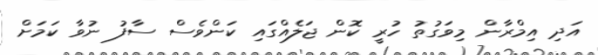
އަދި އިމްރާން މިވަގުތު ހުރީ ކޮން ޖަލެއްގައި ކަންވެސް ސާފު ނުވާ ކަމަށް